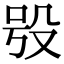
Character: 𣪆